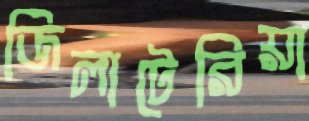
জিলাটেরিয়া